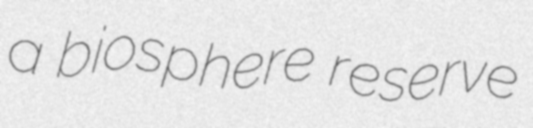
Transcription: a biosphere reserve